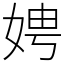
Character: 娉